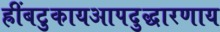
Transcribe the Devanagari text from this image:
ह्रींबटुकायआपदुद्धारणाय